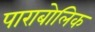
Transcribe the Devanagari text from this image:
पाराबोलिक